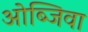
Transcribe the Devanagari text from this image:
ओब्जिवा